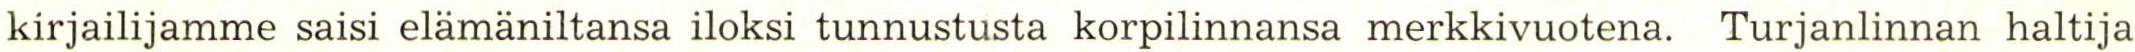
kirjailijamme saisi elämäniltansa iloksi tunnustusta korpilinnansa merkkivuotena.  Turjanlinnan haltija